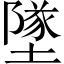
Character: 墜